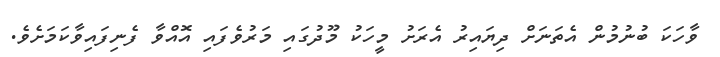
ވާހަކަ ބުނުމުން އެތަނަށް ދިޔައިރު އެރަށު މީހަކު މޫދުގައި މަރުވެފައި އޮއްވާ ފެނިފައިވާކަމަށެވެ.